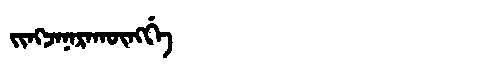
Manchu: ᠵᡳᠩᠵᠠᠨᠠᡵᠠᡴᡡᠩᡤᡝ
Romanization: JINGJANARAKŪNGGE